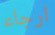
ارجاء